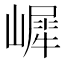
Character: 𡼧